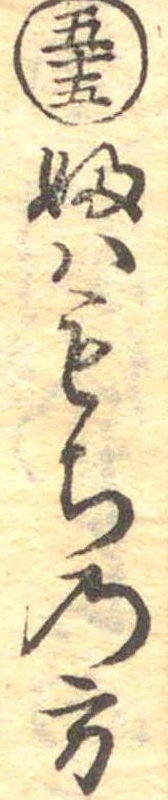
五十五ふはもちの方